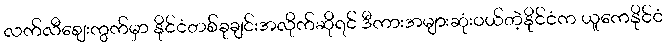
လက်လီစျေးကွက်မှာ နိုင်ငံတစ်ခုချင်းအလိုက်ဆိုရင် ဒီကားအများဆုံးဝယ်တဲ့နိုင်ငံက ယူကေနိုင်ငံ